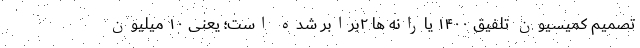
تصمیم کمیسیون تلفیق ۱۴۰۰ یارانه ها ۲برابر شده است؛ یعنی ۱۰ میلیون